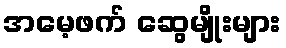
အမေ့ဖက် ဆွေမျိုးများ